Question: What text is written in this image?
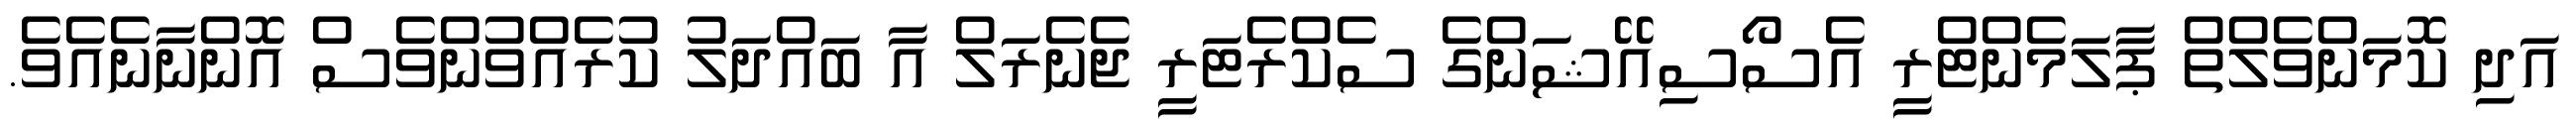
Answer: އަދި ކޮމަންވެލްތް ޕާލަމެންޓްރީ އެސޯސިއޭޝަންގެ ސެކްރެޓަރީ ޖެނެރަލް އާ ބައްދަލު ކުރެއްވުންވެސް އޮންނާނެއެވެ.